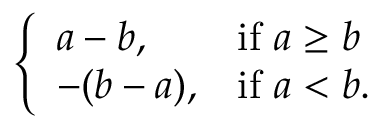
\left\{ \begin{array} { l l } { a - b , } & { { \mathrm { i f ~ } } a \geq b } \\ { - ( b - a ) , } & { { \mathrm { i f ~ } } a < b . } \end{array} \right.